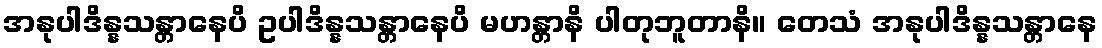
အနုပါဒိန္နသန္တာနေပိ ဥပါဒိန္နသန္တာနေပိ မဟန္တာနိ ပါတုဘူတာနိ။ တေသံ အနုပါဒိန္နသန္တာနေ